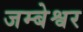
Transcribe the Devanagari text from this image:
जम्बेश्वर